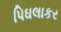
પિઘલાકર